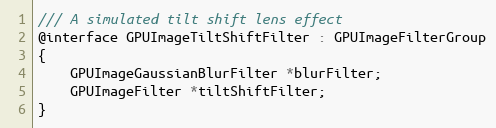
Language: C
/// A simulated tilt shift lens effect
@interface GPUImageTiltShiftFilter : GPUImageFilterGroup
{
    GPUImageGaussianBlurFilter *blurFilter;
    GPUImageFilter *tiltShiftFilter;
}